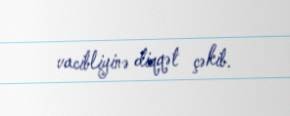
vacibliyinə diqqət çəkib.